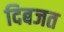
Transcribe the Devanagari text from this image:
दिबजत